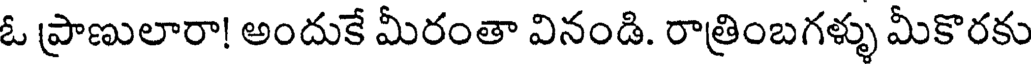
ఓ ప్రాణులారా! అందుకే మీరంతా వినండి. రాత్రింబగళ్ళు మీకొరకు